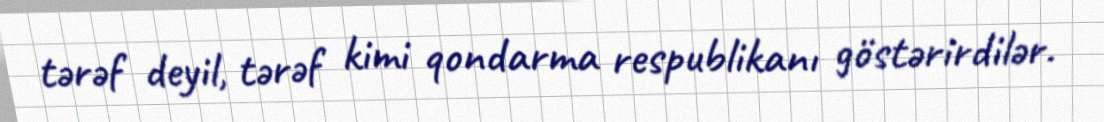
tərəf deyil, tərəf kimi qondarma respublikanı göstərirdilər.